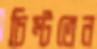
চিম্‌টতেন